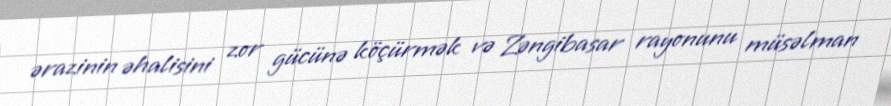
ərazinin əhalisini zor gücünə köçürmək və Zəngibasar rayonunu müsəlman